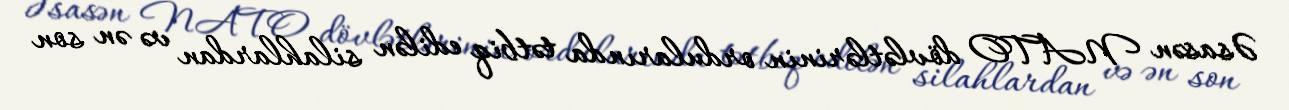
Əsasən NATO dövlətlərinin ordularında tətbiq edilən silahlardan və ən son